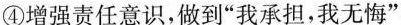
④增强责任意识，做到“我承担，我无悔”